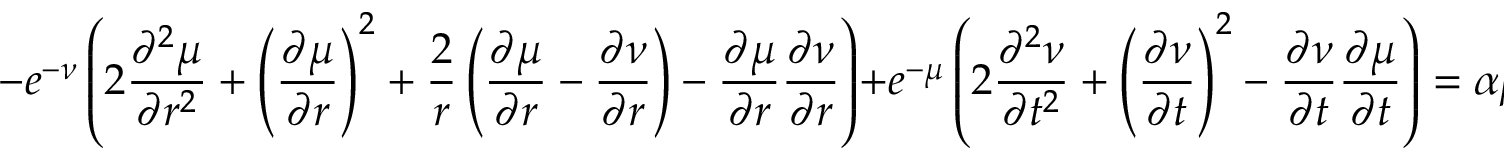
- e ^ { - \nu } \left( 2 \frac { \partial ^ { 2 } \mu } { \partial r ^ { 2 } } + \left( \frac { \partial \mu } { \partial r } \right) ^ { 2 } + \frac { 2 } { r } \left( \frac { \partial \mu } { \partial r } - \frac { \partial \nu } { \partial r } \right) - \frac { \partial \mu } { \partial r } \frac { \partial \nu } { \partial r } \right) + e ^ { - \mu } \left( 2 \frac { \partial ^ { 2 } \nu } { \partial t ^ { 2 } } + \left( \frac { \partial \nu } { \partial t } \right) ^ { 2 } - \frac { \partial \nu } { \partial t } \frac { \partial \mu } { \partial t } \right) = \alpha \beta ^ { 2 } \frac { e ^ { - \beta r } } { r } .